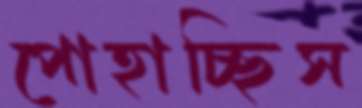
পোহাচ্ছিস